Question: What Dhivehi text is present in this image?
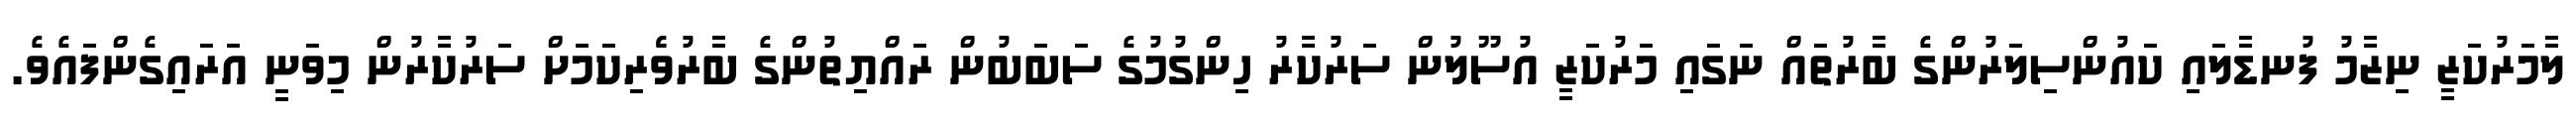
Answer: ލާމަރުކަޒީ ނިޒާމު ފުނޑާލައި ކައުންސިލަރުންގެ ބާރުތައް ނަގައި މަރުކަޒީ އުސޫލުން ސަރުކާރު ހިންގުމުގެ ސަބަބުން ރައްޔިތުންގެ ބާރުވެެރިކަމަށް ސަރުކާރުން މިވަނީ އަރައިގެންފައެވެ.